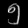
Digit: ၅